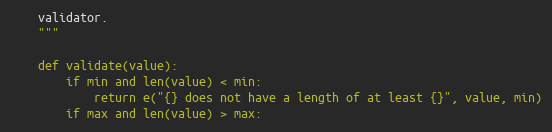
Language: Python
    validator.
    """

    def validate(value):
        if min and len(value) < min:
            return e("{} does not have a length of at least {}", value, min)
        if max and len(value) > max: